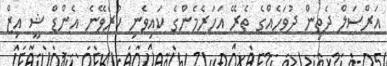
އަރްސަލް ދެތިން ދުވަހެއްގެ ތެރޭ އަހަރެމެންގެ ކައިވެނި ކުރެވޭނެ އެންޑް ޝީ އިޒް